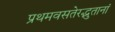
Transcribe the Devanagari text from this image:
प्रथमवसतेरद्भुतानां